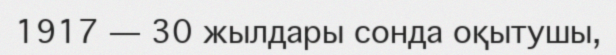
1917 — 30 жылдары сонда оқытушы,